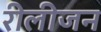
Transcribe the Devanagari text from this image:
रीलीजन